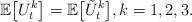
LaTeX: \begin{align*} \mathbb E \bigl[U_t^k\bigr]=\mathbb E\bigl[\tilde U_t^k\bigr], k=1,2,3.\end{align*}